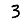
Digit: 3